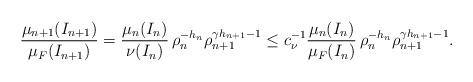
LaTeX: \begin{align*} \frac{\mu_{n+1}(I_{n+1})}{\mu_F(I_{n+1})} = \frac{\mu_{n}(I_{n})}{\nu(I_n)} \,\rho_n^{-h_n} \rho_{n+1}^{\gamma h_{n+1}-1} \leq c_\nu^{-1} \frac{\mu_{n}(I_n)}{\mu_F(I_n)} \,\rho_n^{-h_n} \rho_{n+1}^{\gamma h_{n+1}-1}. \end{align*}